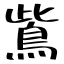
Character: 鴜